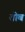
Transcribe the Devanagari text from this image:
तोब